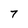
Character: 7